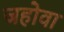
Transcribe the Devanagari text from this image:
जहोवा